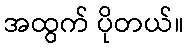
အထွက် ပိုတယ်။